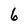
Character: 6